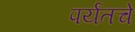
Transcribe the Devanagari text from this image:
पर्यतचे